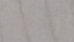
تقريب